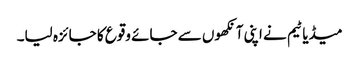
میڈیا ٹیم نے اپنی آنکھوں سے جائے وقوع کا جائزہ لیا۔